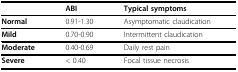
|  | ABI | Typical symptoms |
 | --- | --- | --- |
 | Normal | 0.91-1.30 | Asymptomatic claudication |
 | Mild | 0.70-0.90 | Intermittent claudication |
 | Moderate | 0.40-0.69 | Daily rest pain |
 | Severe | < 0.40 | Focal tissue necrosis |